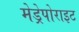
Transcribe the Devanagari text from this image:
मेड्रेपोराइट